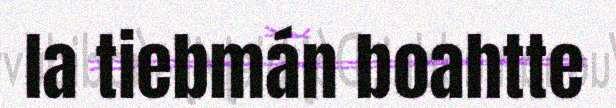
la tiebmán boahtte